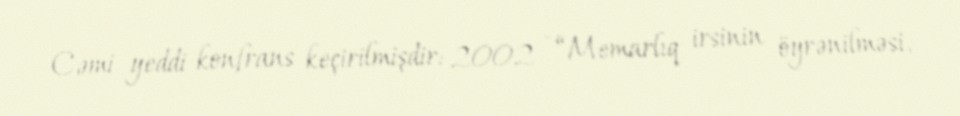
Cəmi yeddi konfrans keçirilmişdir: 2002 - “Memarlıq irsinin öyrənilməsi,